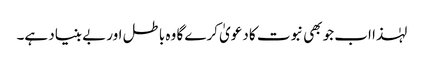
لہٰذا اب جو بھی نبوت کا دعویٰ کرے گا وہ باطل اور بے بنیاد ہے۔